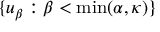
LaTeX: \lbrace u _ { \beta } : \beta < \operatorname* { m i n } ( \alpha , \kappa ) \rbrace